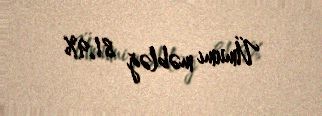
Ümumi məbləğ 81,9%